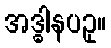
အဒ္ဓါနပဥှ။